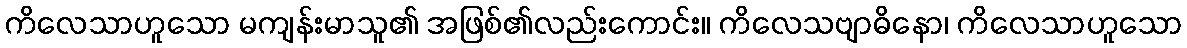
ကိလေသာဟူသော မကျန်းမာသူ၏ အဖြစ်၏လည်းကောင်း။ ကိလေသဗျာဓိနော၊ ကိလေသာဟူသော